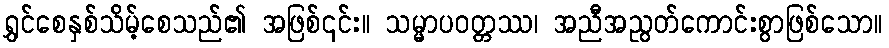
ရွှင်စေနှစ်သိမ့်စေသည်၏ အဖြစ်၎င်း။ သမ္မာပဝတ္တဿ၊ အညီအညွတ်ကောင်းစွာဖြစ်သော။